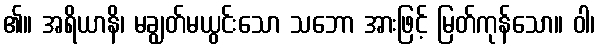
၏။ အရိယာနိ၊ မချွတ်မယွင်းသော သဘော အားဖြင့် မြတ်ကုန်သော။ ဝါ၊